Document type: Sale
Year: 1435
Scribe: Pere Soler
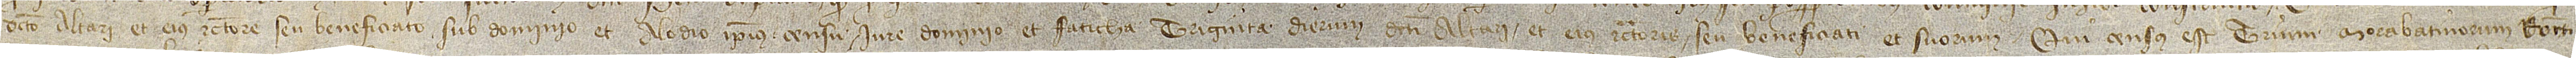
dicto altari et eius rectore seu beneficiato sub dominio et alodio ipsius censu, iure, dominio et faticha triginta dierum dicti altari et eius rectoris seu beneficiati et suorum. Qui census est trium morabatinorum recti